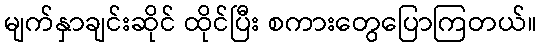
မျက်နှာချင်းဆိုင် ထိုင်ပြီး စကားတွေပြောကြတယ်။